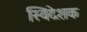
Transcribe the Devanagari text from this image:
स्विदेशक